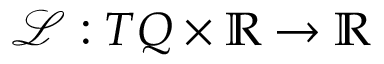
\mathcal { L } : T Q \times \mathbb { R } \rightarrow \mathbb { R }